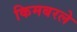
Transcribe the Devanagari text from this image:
किमबरले